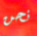
نحن